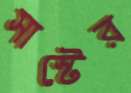
সাস্টের